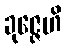
ခုဇ္ဇေဟိ